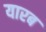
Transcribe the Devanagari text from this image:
यारब